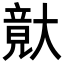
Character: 𡙴